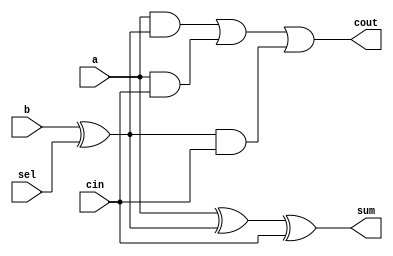
`timescale 1ns / 1ps
//////////////////////////////////////////////////////////////////////////////////
// Company: 
// Engineer: 
// 
// Design Name: 
// Module Name:    fullAdder 
// Project Name: 
// Target Devices: 
// Tool versions: 
// Description: 
//
// Dependencies: 
//
// Revision: 
// Revision 0.01 - File Created
// Additional Comments: 
//
//////////////////////////////////////////////////////////////////////////////////
module fullAdder(
	input a ,
	input b ,
	input cin,
	input sel ,
	output sum ,
	output cout
    );
	
	wire bAfterSelect;
	
	xor xorIC(bAfterSelect, b, sel);
	
	wire wab0, waci, wbci0;
	
	xor (sum, a, bAfterSelect, cin);
	and (wab0, a, bAfterSelect);
	and (waci, a, cin);
	and (wbci0, bAfterSelect, cin);
	or (cout, wab0, waci, wbci0);

endmodule